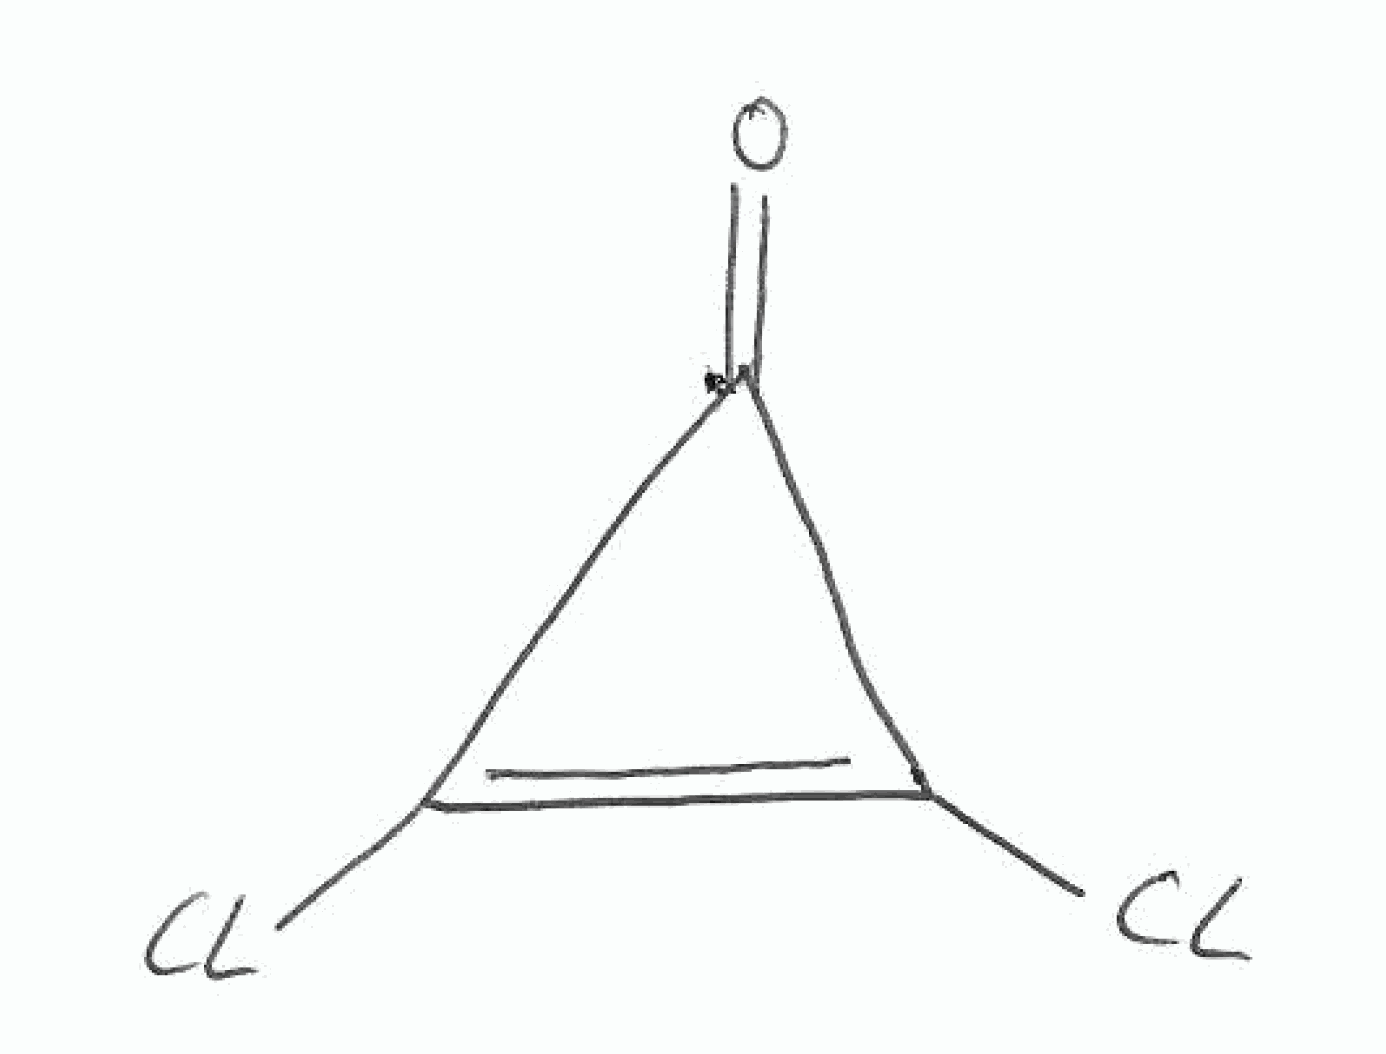
Simplified molecular-input line-entry system (SMILES) notation of the given molecule:
C1(=C(C1=O)Cl)Cl